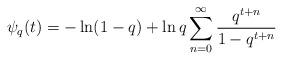
LaTeX: \begin{align*}\psi_q(t)= -\ln(1-q) + \ln q \sum_{n=0}^{\infty}\frac{q^{t+n}}{1-q^{t+n}}\end{align*}